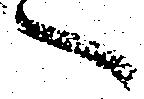
へ